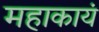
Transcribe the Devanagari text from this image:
महाकायं